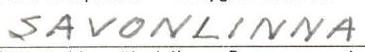
SAVONLINNA